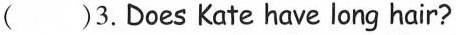
( )3. Does Kate have long hair?